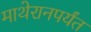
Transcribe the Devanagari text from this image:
माथेरानपर्यंत